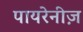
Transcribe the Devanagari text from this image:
पायरेनीज़